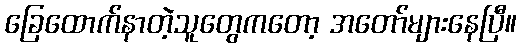
ခြေထောက်နာတဲ့သူတွေကတော့ အတော်များနေပြီ။